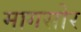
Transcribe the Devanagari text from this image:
मागसोर